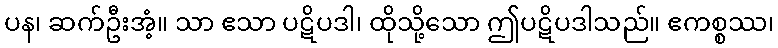
ပန၊ ဆက်ဦးအံ့။ သာ ဧသာ ပဋိပဒါ၊ ထိုသို့သော ဤပဋိပဒါသည်။ ဧကစ္စဿ၊